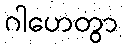
ဂါဟေတွာ